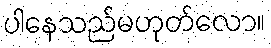
ပါနေသည်မဟုတ်လော။